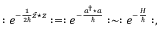
: e ^ { - \frac { 1 } { 2 \hbar } \bar { z } \star z } : = : e ^ { - \frac { a ^ { \dagger } \star a } { \hbar } } : \sim : e ^ { - \frac { H } { \hbar } } : ,